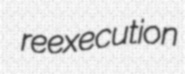
reexecution